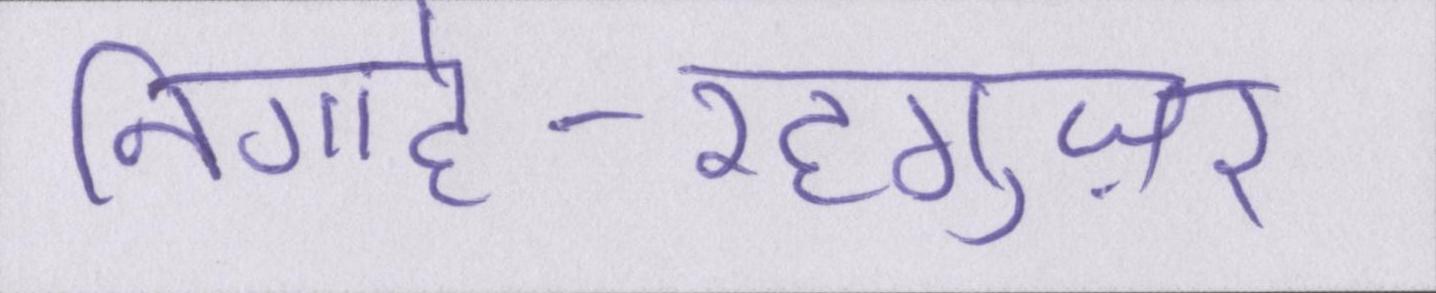
निगाहे-रहगुज़र